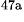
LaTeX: ^\textrm{\scriptsize 47a}